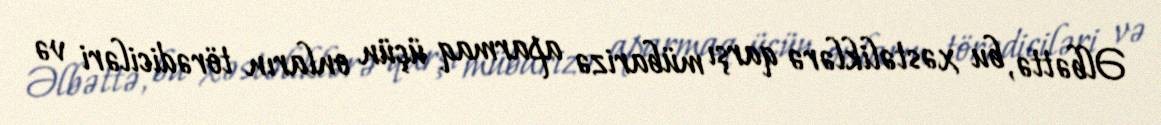
Əlbəttə, bu xəstəliklərə qarşı mübarizə aparmaq üçün onların törədiciləri və